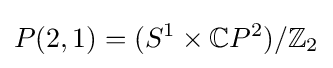
P(2,1)=(S^{1}\times \mathbb {C} P^{2})/\mathbb {Z} _{2}